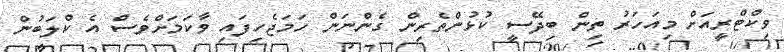
ވިކްޓްރީއަށް މިއަހަރު ތިން ބިދޭސީ ކުޅުންތެރިން ގެންނަން ހަމަޖެހިފައި ވާކަމަށްވެސް އެ ކްލަބުން